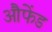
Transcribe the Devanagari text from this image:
औफेंड